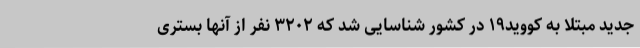
جدید مبتلا به کووید۱۹ در کشور شناسایی شد که ۳۲۰۲ نفر از آنها بستری